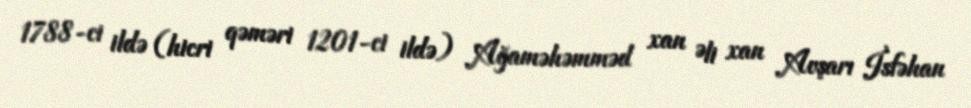
1788-ci ildə (hicri qəməri 1201-ci ildə) Ağaməhəmməd xan Əli xan Avşarı İsfəhan